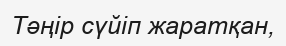
Тәңір сүйіп жаратқан,